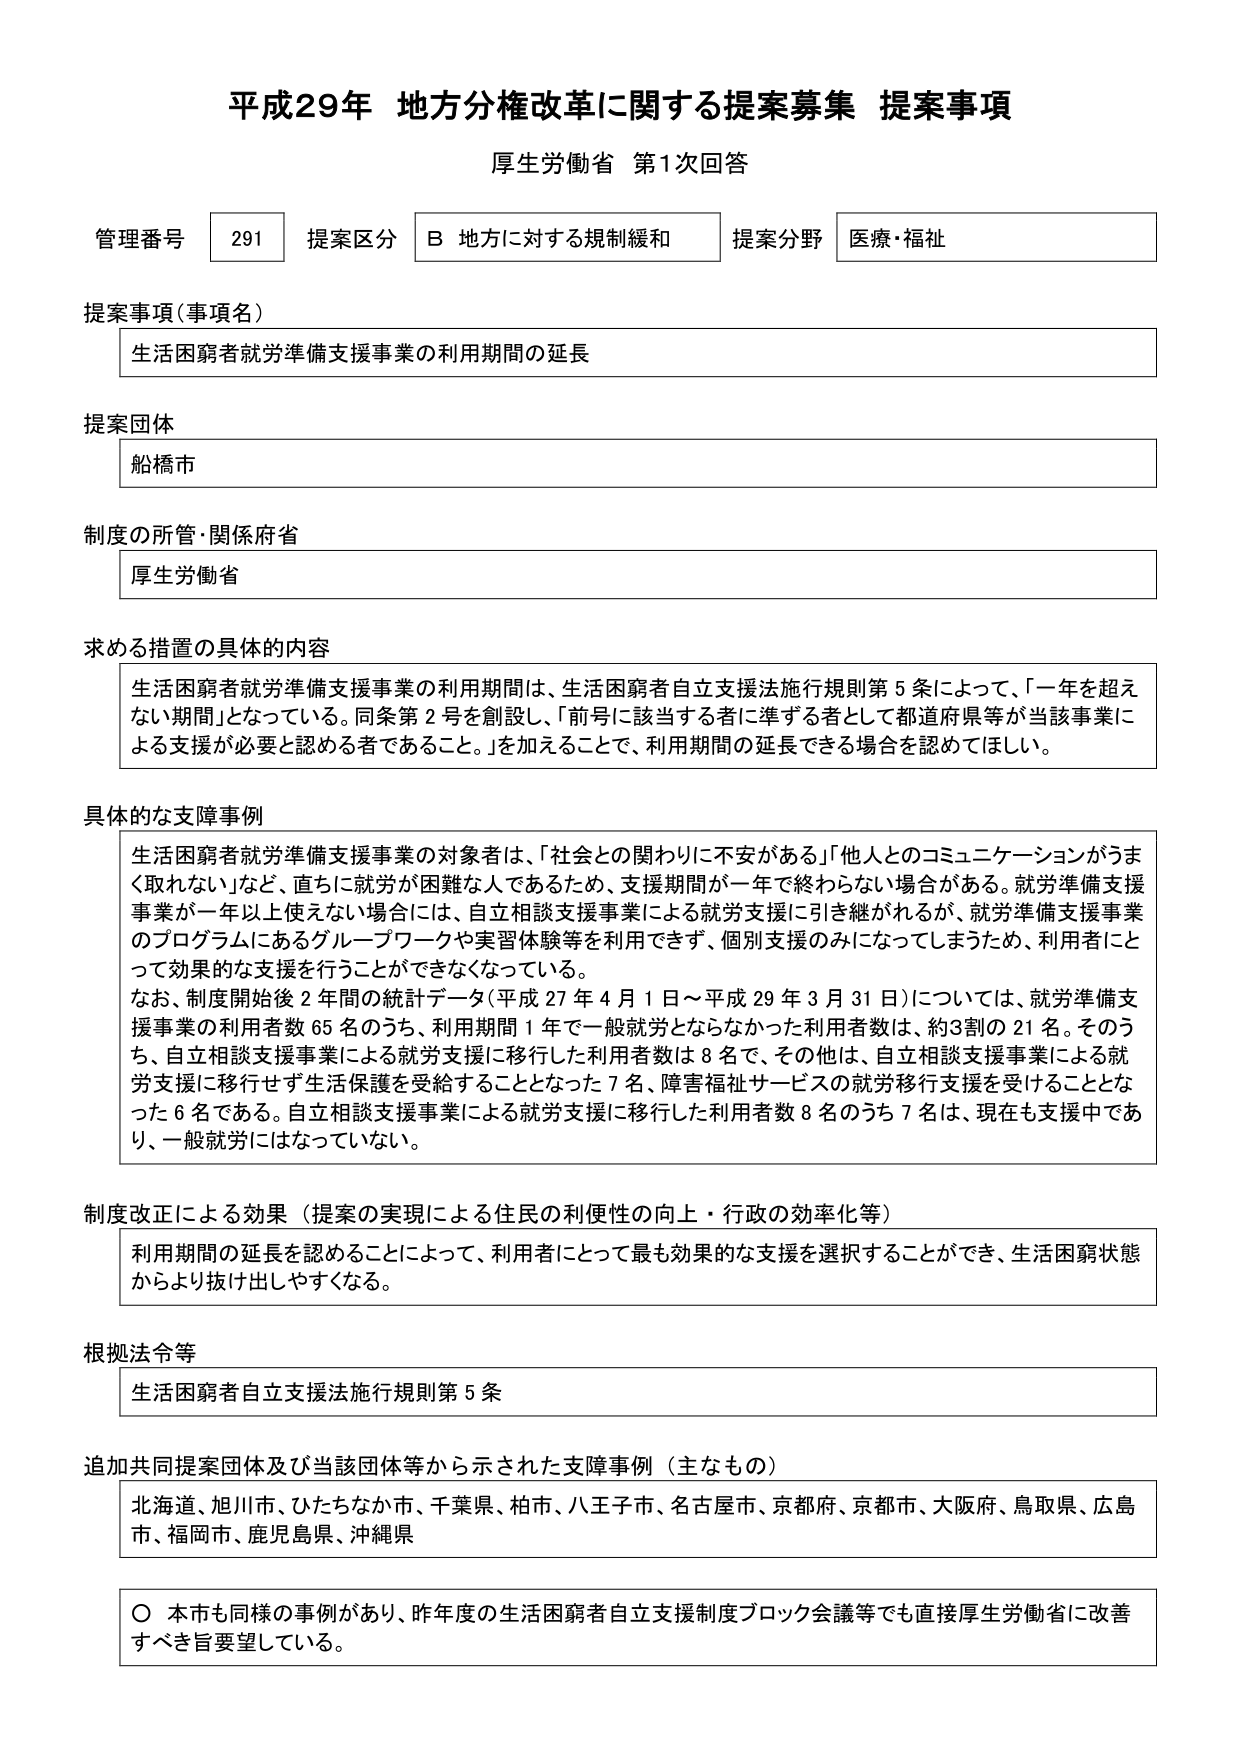
平成29年 地方分権改革に関する提案募集 提案事項
厚生労働省 第1次回答

管理番号 291 提案区分 B 地方に対する規制緩和 提案分野 医療・福祉

提案事項（事項名）
生活困窮者就労準備支援事業の利用期間の延長

提案団体
船橋市

制度の所管・関係府省
厚生労働省

求める措置の具体的内容
生活困窮者就労準備支援事業の利用期間は、生活困窮者自立支援法施行規則第5条によって、「一年を超えない期間」となっている。同条第2号を創設し、「前号に該当する者に準ずる者として都道府県等が当該事業による支援が必要と認める者であること。」を加えることで、利用期間の延長できる場合を認めてほしい。

具体的な支障事例
生活困窮者就労準備支援事業の対象者は、「社会との関わりに不安がある」「他人とのコミュニケーションがうまく取れない」など、直ちに就労が困難な人であるため、支援期間が一年で終わらない場合がある。就労準備支援事業が一年以上使えない場合には、自立相談支援事業による就労支援に引き継がれるが、就労準備支援事業のプログラムにあるグループワークや実習体験等を利用できず、個別支援のみになってしまうため、利用者にとって効果的な支援を行うことができなくなっている。
なお、制度開始後2年間の統計データ（平成27年4月1日～平成29年3月31日）については、就労準備支援事業の利用者数65名のうち、利用期間1年で一般就労とならなかった利用者数は、約3割の21名。そのうち、自立相談支援事業による就労支援に移行した利用者数は8名で、その他は、自立相談支援事業による就労支援に移行せず生活保護を受給することとなった7名、障害福祉サービスの就労移行支援を受けることとなった6名である。自立相談支援事業による就労支援に移行した利用者数8名のうち7名は、現在も支援中であり、一般就労にはなっていない。

制度改正による効果（提案の実現による住民の利便性の向上・行政の効率化等）
利用期間の延長を認めることによって、利用者にとって最も効果的な支援を選択することができ、生活困窮状態からより抜け出しやすくなる。

根拠法令等
生活困窮者自立支援法施行規則第5条

追加共同提案団体及び当該団体等から示された支障事例（主なもの）
北海道、旭川市、ひたちなか市、千葉県、柏市、八王子市、名古屋市、京都府、京都市、大阪府、鳥取県、広島市、福岡市、鹿児島県、沖縄県

〇 本市も同様の事例があり、昨年度の生活困窮者自立支援制度ブロック会議等でも直接厚生労働省に改善すべき旨要望している。